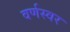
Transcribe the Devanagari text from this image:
वर्णस्वर